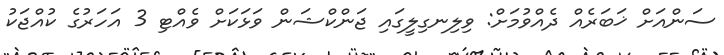
ސަންއަށް ޚަބަރެއް ދެއްވުމަށް: ވިލިނގިލީގައި ޖަންކްޝަން ވަޅަކަށް ވެއްޓި 3 އަހަރުގެ ކުއްޖަކު